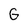
Character: G